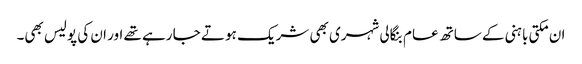
ان مکتی باہنی کے ساتھ عام بنگالی شہری بھی شریک ہو تے جا رہے تھے اور ان کی پولیس بھی۔